Subject: math
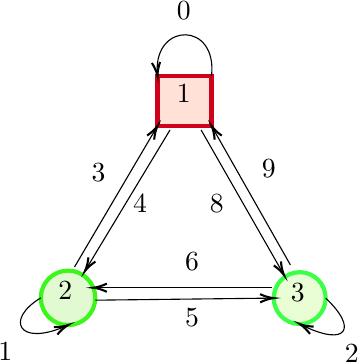
LaTeX code:
\begin{tikzpicture}[x=0.75pt,y=0.75pt,yscale=-1,xscale=1]
\draw  [color={rgb, 255:red, 58; green, 246; blue, 25 }  ,draw opacity=1 ][fill={rgb, 255:red, 225; green, 250; blue, 210 }  ,fill opacity=1 ][line width=1.5]  (261.75,164.88) .. controls (261.75,157.63) and (267.63,151.75) .. (274.88,151.75) .. controls (282.12,151.75) and (288,157.63) .. (288,164.88) .. controls (288,172.12) and (282.12,178) .. (274.88,178) .. controls (267.63,178) and (261.75,172.12) .. (261.75,164.88) -- cycle ;
\draw  [color={rgb, 255:red, 59; green, 255; blue, 70 }  ,draw opacity=1 ][fill={rgb, 255:red, 234; green, 254; blue, 213 }  ,fill opacity=1 ][line width=1.5]  (374,165) .. controls (374,158.1) and (379.6,152.5) .. (386.5,152.5) .. controls (393.4,152.5) and (399,158.1) .. (399,165) .. controls (399,171.9) and (393.4,177.5) .. (386.5,177.5) .. controls (379.6,177.5) and (374,171.9) .. (374,165) -- cycle ;
\draw  [color={rgb, 255:red, 208; green, 2; blue, 27 }  ,draw opacity=1 ][fill={rgb, 255:red, 255; green, 225; blue, 215 }  ,fill opacity=1 ][line width=1.5]  (318,58) -- (344,58) -- (344,82) -- (318,82) -- cycle ;
\draw    (278,150) -- (316.99,83.72) ;
\draw [shift={(318,82)}, rotate = 120.47] [color={rgb, 255:red, 0; green, 0; blue, 0 }  ][line width=0.75]    (6.56,-1.97) .. controls (4.17,-0.84) and (1.99,-0.18) .. (0,0) .. controls (1.99,0.18) and (4.17,0.84) .. (6.56,1.97)  ;
\draw    (288,166) -- (372,165.02) ;
\draw [shift={(374,165)}, rotate = 179.33] [color={rgb, 255:red, 0; green, 0; blue, 0 }  ][line width=0.75]    (6.56,-1.97) .. controls (4.17,-0.84) and (1.99,-0.18) .. (0,0) .. controls (1.99,0.18) and (4.17,0.84) .. (6.56,1.97) ;
\draw    (373,160) -- (289,160) ;
\draw [shift={(287,160)}, rotate = 360] [color={rgb, 255:red, 0; green, 0; blue, 0 }  ][line width=0.75]    (6.56,-1.97) .. controls (4.17,-0.84) and (1.99,-0.18) .. (0,0) .. controls (1.99,0.18) and (4.17,0.84) .. (6.56,1.97);
\draw    (324,84) -- (284.03,150.29) ;
\draw [shift={(283,152)}, rotate = 301.09] [color={rgb, 255:red, 0; green, 0; blue, 0 }  ][line width=0.75]    (6.56,-1.97) .. controls (4.17,-0.84) and (1.99,-0.18) .. (0,0) .. controls (1.99,0.18) and (4.17,0.84) .. (6.56,1.97);
\draw    (339,84) -- (378.01,152.26) ;
\draw [shift={(379,154)}, rotate = 240.26] [color={rgb, 255:red, 0; green, 0; blue, 0 }  ][line width=0.75]    (6.56,-1.97) .. controls (4.17,-0.84) and (1.99,-0.18) .. (0,0) .. controls (1.99,0.18) and (4.17,0.84) .. (6.56,1.97);
\draw    (382,149) -- (344.99,83.74) ;
\draw [shift={(344,82)}, rotate = 60.44] [color={rgb, 255:red, 0; green, 0; blue, 0 }  ][line width=0.75]    (6.56,-1.97) .. controls (4.17,-0.84) and (1.99,-0.18) .. (0,0) .. controls (1.99,0.18) and (4.17,0.84) .. (6.56,1.97);
\draw    (344,58) .. controls (346.93,31.67) and (316.58,31.97) .. (317.84,56.1) ;
\draw [shift={(318,58)}, rotate = 263.42] [color={rgb, 255:red, 0; green, 0; blue, 0 }  ][line width=0.75]    (6.56,-1.97) .. controls (4.17,-0.84) and (1.99,-0.18) .. (0,0) .. controls (1.99,0.18) and (4.17,0.84) .. (6.56,1.97);
\draw    (399,165) .. controls (414.6,179.63) and (409.29,188.55) .. (388.16,178.32) ;
\draw [shift={(386.5,177.5)}, rotate = 27.07] [color={rgb, 255:red, 0; green, 0; blue, 0 }  ][line width=0.75]    (6.56,-1.97) .. controls (4.17,-0.84) and (1.99,-0.18) .. (0,0) .. controls (1.99,0.18) and (4.17,0.84) .. (6.56,1.97);
\draw    (261.75,164.88) .. controls (244.69,175.11) and (250.68,188.32) .. (273.12,178.78) ;
\draw [shift={(274.88,178)}, rotate = 155.26] [color={rgb, 255:red, 0; green, 0; blue, 0 }  ][line width=0.75]    (6.56,-1.97) .. controls (4.17,-0.84) and (1.99,-0.18) .. (0,0) .. controls (1.99,0.18) and (4.17,0.84) .. (6.56,1.97);
\draw (326,21) node [anchor=north west][inner sep=0.75pt]   [align=left] {0};
\draw (367,97) node [anchor=north west][inner sep=0.75pt]   [align=left] {9};
\draw (330,142) node [anchor=north west][inner sep=0.75pt]   [align=left] {6};
\draw (330,169) node [anchor=north west][inner sep=0.75pt]   [align=left] {5};
\draw (305,114) node [anchor=north west][inner sep=0.75pt]   [align=left] {4};
\draw (285,99) node [anchor=north west][inner sep=0.75pt]   [align=left] {3};
\draw (407,186) node [anchor=north west][inner sep=0.75pt]   [align=left] {2};
\draw (240,185) node [anchor=north west][inner sep=0.75pt]   [align=left] {1};
\draw (342,114) node [anchor=north west][inner sep=0.75pt]   [align=left] {8};
\draw (326,61) node [anchor=north west][inner sep=0.75pt]   [align=left] {1};
\draw (269,156) node [anchor=north west][inner sep=0.75pt]   [align=left] {2};
\draw (381,157) node [anchor=north west][inner sep=0.75pt]   [align=left] {3};
\end{tikzpicture}